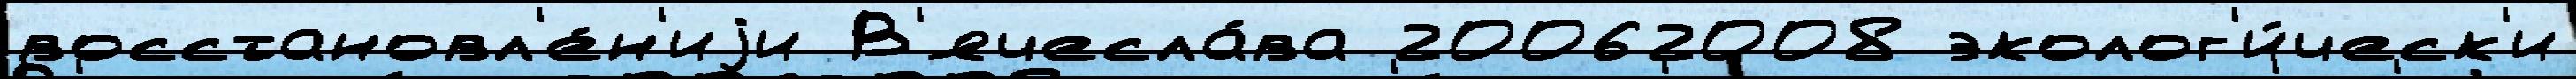
восстановл'е́н'иjи В'ячесла́ва 20062008 эколог'и́ческ'и